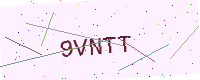
Text: 9VNTT